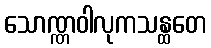
သောဏ္ဏဝါလုကသန္ထတေ